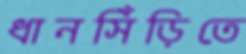
ধানসিঁড়িতে